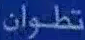
تطوّان